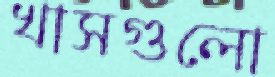
খাসগুলো